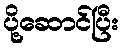
ပို့ဆောင်ပြီး